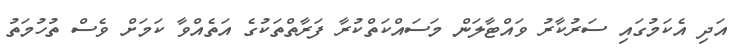
އަދި އެކަމުގައި ސަރުކާރު ވައްޓާލަން މަސައްކަތްކުރާ ފަރާތްތަކުގެ އަތެއްވާ ކަމަށް ވެސް ތުހުމަތު